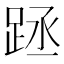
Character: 𨀧